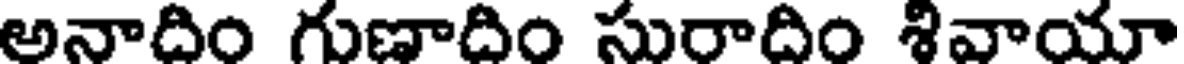
అనాదిం గుణాదిం సురాదిం శివాయా